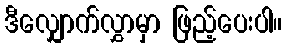
ဒီလျှောက်လွှာမှာ ဖြည့်ပေးပါ။